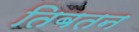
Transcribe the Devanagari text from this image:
तिबतन